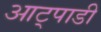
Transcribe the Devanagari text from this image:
आट्पाडी